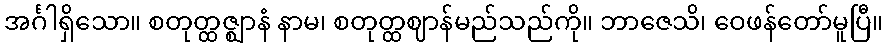
အင်္ဂါရှိသော။ စတုတ္ထဇ္ဈာနံ နာမ၊ စတုတ္ထဈာန်မည်သည်ကို။ ဘာဇေသိ၊ ဝေဖန်တော်မူပြီ။